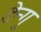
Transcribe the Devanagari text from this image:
डेन्गू